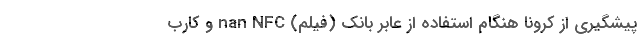
پیشگیری از کرونا هنگام استفاده از عابر بانک (فیلم) nan NFC و کارب